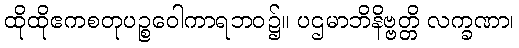
ထိုထိုဧကစတုပဉ္စဝေါကာရဘဝ၌။ ပဌမာဘိနိဗ္ဗတ္တိ လက္ခဏာ၊